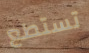
تستطع